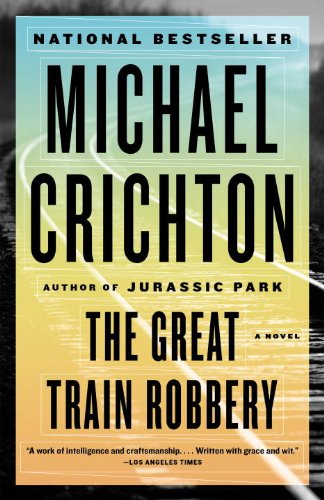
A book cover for The Great Train Robbery; Michael Crichton; Mystery, Thriller & Suspense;